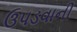
ઉપડવાની